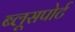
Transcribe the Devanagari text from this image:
ब्लूसपोर्ट